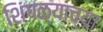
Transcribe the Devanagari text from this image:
शिंगळ्याच्या